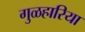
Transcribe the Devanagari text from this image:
गुळहारिया